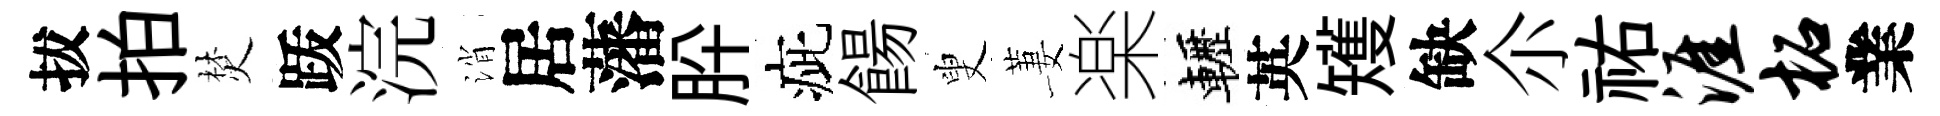
拔拍焚䟦浣消居藩肸疵餳叟萋楽轣英矱缺尒祐涯柘業